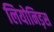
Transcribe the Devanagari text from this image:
लियोनिड़स